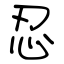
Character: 忍